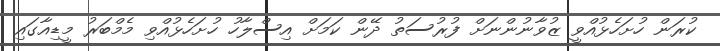
ކުރަން ހުށަހެޅުއްވީ ޒުވާނުންނަށް ފުރުސަތު ދޭން ކަމަށް އިސްލާހު ހުށަހެޅުއްވި މެމްބަރު މީޑިއާގައި